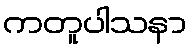
ကတူပါသနာ